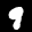
Label: 9